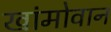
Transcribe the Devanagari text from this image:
खांमोवान